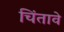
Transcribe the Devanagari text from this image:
चिंतावे